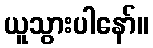
ယူသွားပါနော်။